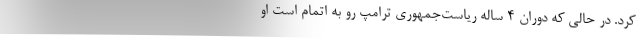
کرد. در حالی که دوران ۴ ساله ریاست‌جمهوری ترامپ رو به اتمام است او